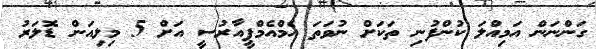
ގަންނަން އަމިއްލަ ކުންފުނި ތަކަށް ނުވަތަ އެމްއެމްޕީއާރުސީ އަށް 5 މިލިއަން ޑޮލަރު